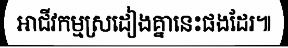
អាជីវកម្មស្រដៀងគ្នានេះផងដែរ៕